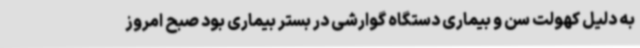
به دلیل کهولت سن و بیماری دستگاه گوارشی در بستر بیماری بود صبح امروز